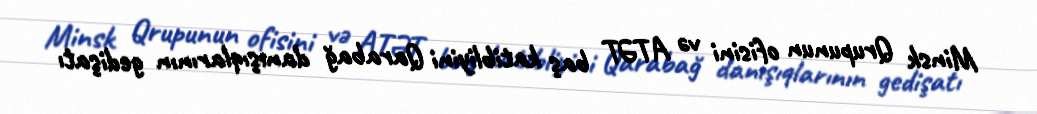
Minsk Qrupunun ofisini və ATƏT baş katibliyini Qarabağ danışıqlarının gedişatı